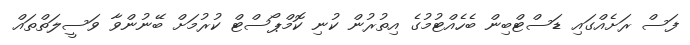
ފަސް ރަށެއްގައި ޑަސްޓްބިން ބެހެއްޓުމުގެ އިތުރުން ކުނި ކޮމްޕޯސްޓް ކުރުމަށް ބޭނުންވާ ވަސީލަތްތައް